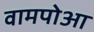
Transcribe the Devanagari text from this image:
वामपोआ